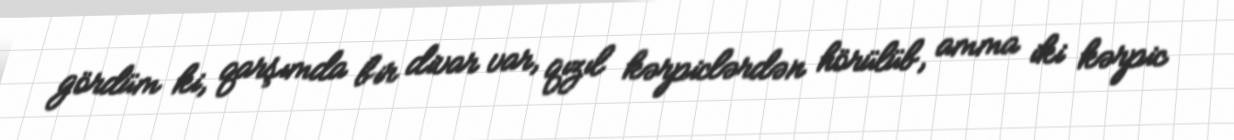
gördüm ki, qarşımda bir divar var, qızıl kərpiclərdən hörülüb, amma iki kərpic